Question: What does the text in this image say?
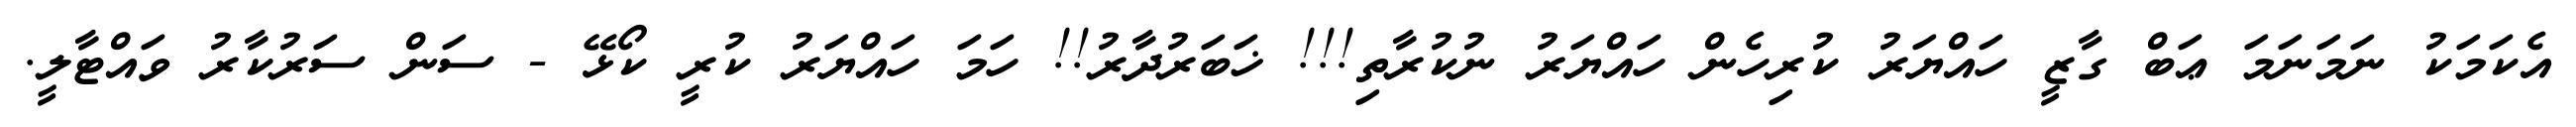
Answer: އެކަމަކު ނަމަނަމަ ޢަބް ގާޒީ ހައްޔަރު ކުރިހެން ހައްޔަރު ނުކުރާތި!!! ޚަބަރުދާރު!! ހަމަ ހައްޔަރު ކުރީ ކޯޅޭ - ސަން ސަރުކާރު ވައްޓާލީ.